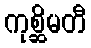
ကုစ္ဆိမတီ